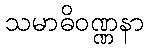
သမာဓိဝဏ္ဏနာ